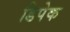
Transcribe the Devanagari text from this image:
डिपेक